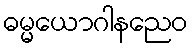
ဓမ္မယောဂါနညေဝ